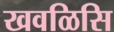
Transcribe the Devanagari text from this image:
खवळिसि